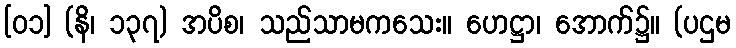
[၀၁] (နိ၊ ၁၃၇) အပိစ၊ သည်သာမကသေး။ ဟေဋ္ဌာ၊ အောက်၌။ (ပဌမ